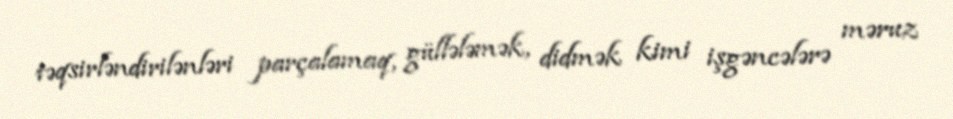
təqsirləndirilənləri parçalamaq, güllələmək, didmək kimi işgəncələrə məruz